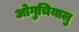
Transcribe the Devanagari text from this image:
ओगुचियालु